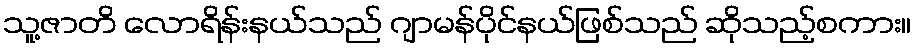
သူ့ဇာတိ လောရိန်းနယ်သည် ဂျာမန်ပိုင်နယ်ဖြစ်သည် ဆိုသည့်စကား။